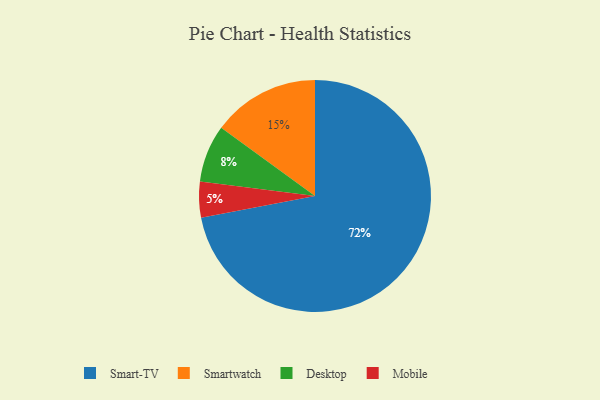
{"axis": {"x": "Category", "y": "Percentage"}, "legend": ["Desktop", "Mobile", "Smart-TV", "Smartwatch"], "data": [{"x": "Smart-TV", "y": 72, "type": "Smart-TV"}, {"x": "Smartwatch", "y": 15, "type": "Smartwatch"}, {"x": "Desktop", "y": 8, "type": "Desktop"}, {"x": "Mobile", "y": 5, "type": "Mobile"}]}